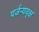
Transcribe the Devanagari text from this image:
पर्जन्यवृक्ष